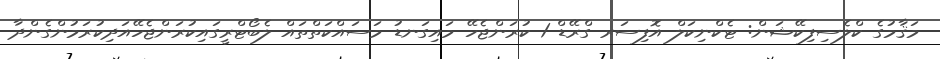
މަޤާމުގެ ކްލެސިފިކޭޝަން: ޓެކްނިކަލް އޮފިސަރ ގްރޭޑް 1 ކުރަންޖެހޭ މައިގަނޑު މަސައްކަތްތައް ލެބޯޓްރީގައިކުރަންޖެހޭއަދިކުރަމުންގެންދާ